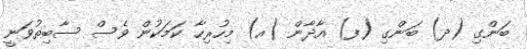
ބަންގި (ދ) ބަންގި (ފ) އާޛާން (އ) މިހުރިހާ ކަމަކުން ވެސް ސާބިތުވަނީ